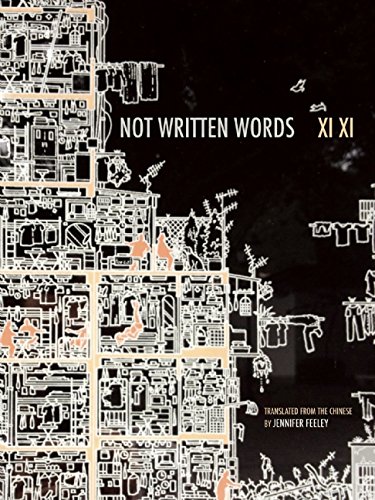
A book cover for Not Written Words (Hong Kong Atlas) (English and Chinese Edition); Xi Xi; Travel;